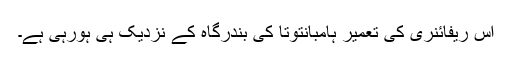
اس ریفائنری کی تعمیر ہامبانتوتا کی بندرگاہ کے نزدیک ہی ہورہی ہے۔